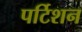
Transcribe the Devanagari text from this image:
पर्टिशन